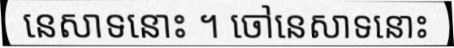
នេសាទនោះ ។ ចៅនេសាទនោះ